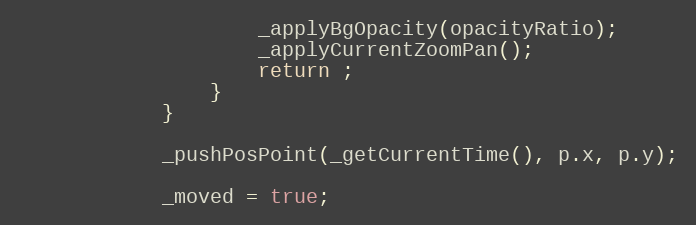
Language: JavaScript
					_applyBgOpacity(opacityRatio);
					_applyCurrentZoomPan();
					return ;
				}
			}

			_pushPosPoint(_getCurrentTime(), p.x, p.y);

			_moved = true;